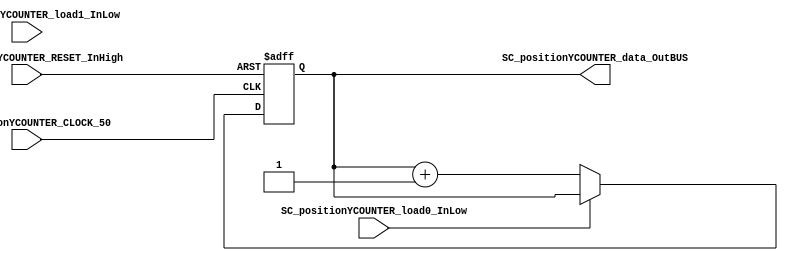
/*#################################################################################
////-----positionYCOUNTER FROOGER 2022 - 2 SISTEMAS ELECTRONICOS DIGITALES -----////
##################################################################################*/

module SC_positionYCOUNTER #(parameter SC_positionYCOUNTER_DATAWIDTH=3)(
	//////////// OUTPUTS //////////
	SC_positionYCOUNTER_data_OutBUS,
	//////////// INPUTS //////////
	SC_positionYCOUNTER_CLOCK_50,
	SC_positionYCOUNTER_RESET_InHigh,
	SC_positionYCOUNTER_load0_InLow,
	SC_positionYCOUNTER_load1_InLow
);
//=======================================================
//  PARAMETER declarations
//=======================================================

//=======================================================
//  PORT declarations
//=======================================================
output	[SC_positionYCOUNTER_DATAWIDTH-1:0]	SC_positionYCOUNTER_data_OutBUS;
input		SC_positionYCOUNTER_CLOCK_50;
input		SC_positionYCOUNTER_RESET_InHigh;
input		SC_positionYCOUNTER_load0_InLow;
input    SC_positionYCOUNTER_load1_InLow;

//=======================================================
//  REG/WIRE declarations
//=======================================================
reg [SC_positionYCOUNTER_DATAWIDTH-1:0] positionYCOUNTER_Register;
reg [SC_positionYCOUNTER_DATAWIDTH-1:0] positionYCOUNTER_Signal;
//=======================================================
//  Structural coding
//=======================================================
//INPUT LOGIC: COMBINATIONAL
always @(*)
begin
	if (SC_positionYCOUNTER_load0_InLow == 1'b0)
		positionYCOUNTER_Signal = positionYCOUNTER_Register + 1'b1;
	else
		positionYCOUNTER_Signal = positionYCOUNTER_Register;
		
	end
	
//STATE REGISTER: SEQUENTIAL
always @(posedge SC_positionYCOUNTER_CLOCK_50, posedge SC_positionYCOUNTER_RESET_InHigh)
begin
	if (SC_positionYCOUNTER_RESET_InHigh  == 1'b1)
		positionYCOUNTER_Register <= 0;
	else
		positionYCOUNTER_Register <= positionYCOUNTER_Signal;
end
//=======================================================
//  Outputs
//=======================================================
//OUTPUT LOGIC: COMBINATIONAL
assign SC_positionYCOUNTER_data_OutBUS = positionYCOUNTER_Register;

endmodule